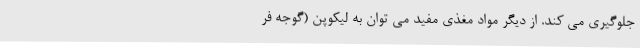
جلوگیری می کند. از دیگر مواد مغذی مفید می توان به لیکوپن (گوجه فر